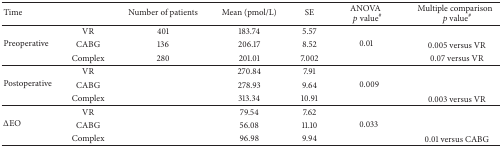
<table><thead><tr><td><b>Time</b></td><td><b> </b></td><td><b>Number of patients</b></td><td><b>Mean (pmol/L)</b></td><td><b>SE</b></td><td><b>ANOVA<i>p</i> value<sup>#</sup></b></td><td><b>Multiple comparison<i>p</i> value<sup>#</sup></b></td></tr></thead><tbody><tr><td rowspan="3">Preoperative</td><td>VR</td><td>401</td><td>183.74</td><td>5.57</td><td rowspan="3">0.01</td><td> </td></tr><tr><td>CABG</td><td>136</td><td>206.17</td><td>8.52</td><td>0.005 versus VR</td></tr><tr><td>Complex</td><td>280</td><td>201.01</td><td>7.002</td><td>0.07 versus VR</td></tr><tr><td rowspan="3">Postoperative</td><td>VR</td><td> </td><td>270.84</td><td>7.91</td><td rowspan="3">0.009</td><td> </td></tr><tr><td>CABG</td><td> </td><td>278.93</td><td>9.64</td><td> </td></tr><tr><td>Complex</td><td> </td><td>313.34</td><td>10.91</td><td>0.003 versus VR</td></tr><tr><td rowspan="3">ΔEO</td><td>VR</td><td> </td><td>79.54</td><td>7.62</td><td rowspan="3">0.033</td><td> </td></tr><tr><td>CABG</td><td> </td><td>56.08</td><td>11.10</td><td> </td></tr><tr><td>Complex</td><td> </td><td>96.98</td><td>9.94</td><td>0.01 versus CABG</td></tr></tbody></table>